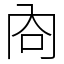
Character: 㕯